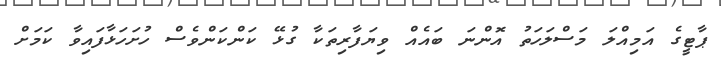
ޕާޓީގެ އަމިއްލަ މަސްލަހަތު އޮންނަ ބައެއް ވިޔަފާރިތަކާ ގުޅޭ ކަންކަންވެސް ހުށަހަޅާފައިވާ ކަމަށް